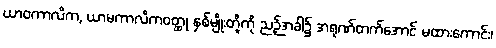
ယာဝကာလိက, ယာမကာလိကဝတ္ထု နှစ်မျိုးတို့ကို ညဉ့်အခါ၌ အရုဏ်တက်အောင် မထားကောင်း၊